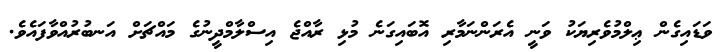
ވަޑައިގެން ޢިލްމުވެރިޔަކު ވަނީ އެރަންނަމާރި އޮބައިގަނެ މުޅި ރާއްޖެ އިސްލާމްދީނުގެ މައްޗަށް އަނބުރުއްވާފައެވެ.